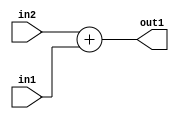
`timescale 1ps / 1ps
/*****************************************************************************
    Verilog RTL Description
    
    
    Created by: Stratus DpOpt 2019.1.01 
*******************************************************************************/

module DC_Filter_Add_3Ux2U_4U_1 (
	in2,
	in1,
	out1
	); /* architecture "behavioural" */ 
input [2:0] in2;
input [1:0] in1;
output [3:0] out1;
wire [3:0] asc001;

assign asc001 = 
	+(in2)
	+(in1);

assign out1 = asc001;
endmodule

/* CADENCE  urnzTgg= : u9/ySgnWtBlWxVPRXgAZ4Og= ** DO NOT EDIT THIS LINE ******/